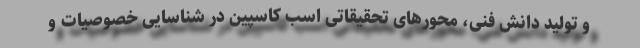
و تولید دانش فنی، محورهای تحقیقاتی اسب کاسپین در شناسایی خصوصیات و